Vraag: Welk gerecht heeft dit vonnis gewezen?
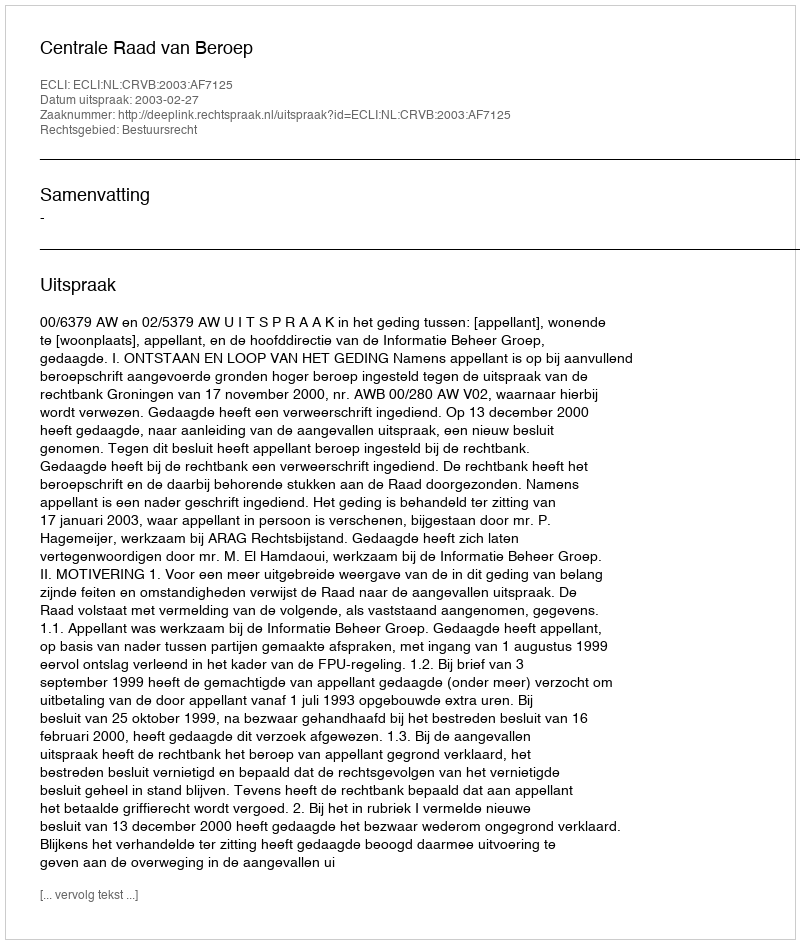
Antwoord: Centrale Raad van Beroep